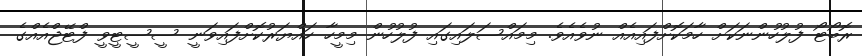
ރޮބޯޓޯ ފުލުހުންނަކަށް ހާމަކޮށްފައިއެއް ނުވެއެވެ. މިމައްސަލައިގައި ފުލުހުން މިމީހާ ހައްޔަރުކޮށްފައިވަނީ ސީސީޓީވީ ފްޓޭޖްއެއްގެ